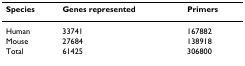
| Species | Genes represented | Primers |
 | --- | --- | --- |
 | Human | 33741 | 167882 |
 | Mouse | 27684 | 138918 |
 | Total | 61425 | 306800 |